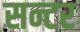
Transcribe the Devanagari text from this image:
सन्टर